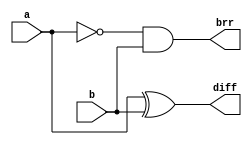
// this is half-Subtractor design

module half_sub (diff,brr,a,b);

output diff,brr;
input a,b;

wire w1;

xor x1(diff,a,b);
not n1 (w1,a);
and a1 (brr,w1,b);


endmodule 

module half_sub_top ();

wire diff,brr;
reg a,b;

half_sub h_sub(diff,brr,a,b);

initial
begin
	{a,b} = 2'b00;
	repeat (3) #5 {a,b} = {a,b}+1'b1;
end

initial
	$monitor ("@ %gns a[%b] b[%b]-->diff[%b] brr[%b]",$time,a,b,diff,brr);
endmodule